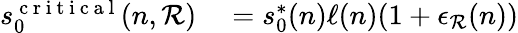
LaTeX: \begin{array}{rl}{s_{0}^{\mathrm{~c~r~i~t~i~c~a~l~}}(n,\mathcal{R})}&{{}=s_{0}^{*}(n)\ell(n)(1+\epsilon_{\mathcal{R}}(n))}\end{array}